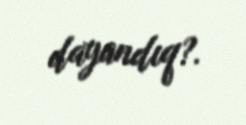
dayandıq?.